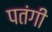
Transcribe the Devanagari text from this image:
पतंगी